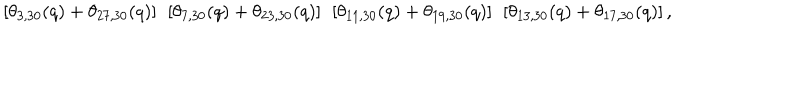
LaTeX: \left[ \theta _ { 3 , 3 0 } ( q ) + \theta _ { 2 7 , 3 0 } ( q ) \right] { } ~ \left[ \theta _ { 7 , 3 0 } ( q ) + \theta _ { 2 3 , 3 0 } ( q ) \right] { } ~ \left[ \theta _ { 1 1 , 3 0 } ( q ) + \theta _ { 1 9 , 3 0 } ( q ) \right] { } ~ \left[ \theta _ { 1 3 , 3 0 } ( q ) + \theta _ { 1 7 , 3 0 } ( q ) \right] ,